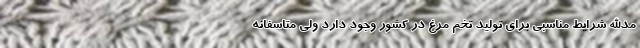
مدالله شرایط مناسبی برای تولید تخم مرغ در کشور وجود دارد ولی متاسفانه